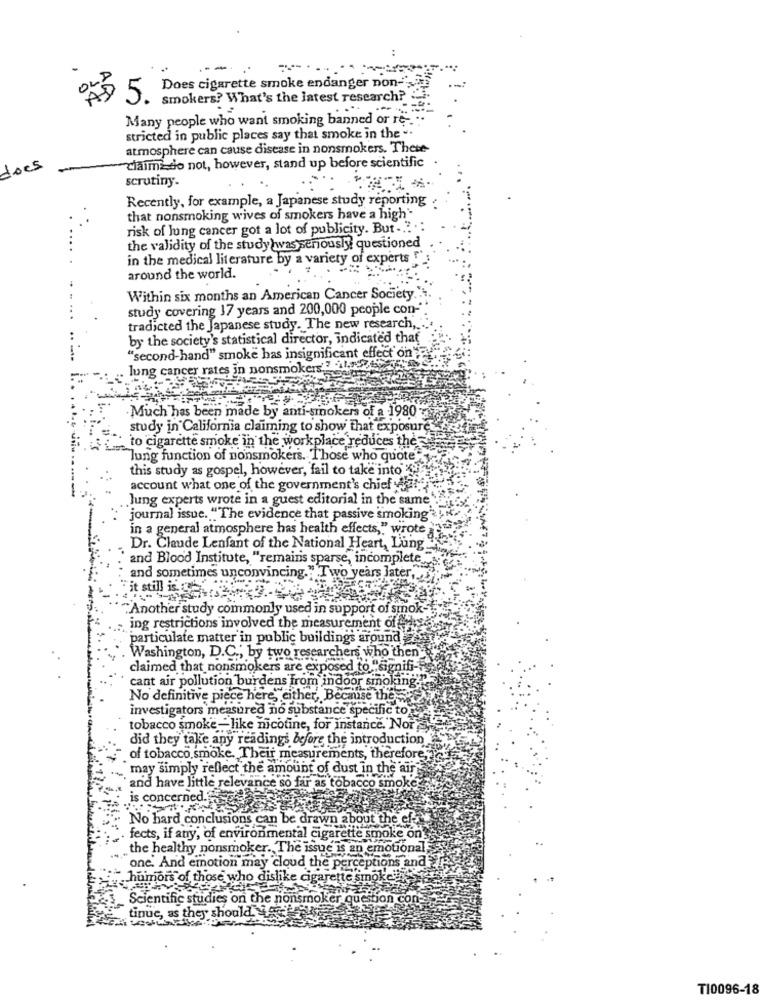
- --
Does cigarette smoke endanger non-
5. smokers? What's the latest research?
Many people who want smoking banned or re -.
stricted in public places say that smoke in the ..
atmosphere can cause disease in nonsmokers. These-
"claimi do not, however, stand up before scientific
does
scrutiny.
Recently, for example, a Japanese study reporting
that nonsmoking wives of smokers have a high -
risk of lung cancer got a lot of publicity. But ...
the validity of the study was seriously? questioned
in the medical literature by a variety of experts!
around the world.
Within six months an American Cancer Society.
study covering 17 years and 200,000 people con-
tradicted the Japanese study. The new research ,..
by the society's statistical director, indicated that
"second-hand" smoke has insignificant effect on"
lung cancer rates in nonsmokers .? 1, 74
Much has been made by anti-smokers of a 1980
study in California claiming to show that exposure
to cigarette smoke in the workplace reduces the
lung function of nonsmokers. Those who quote
this study as gospel, however, fail to take into
account what one of the government's chief date
lung experts wrote in a guest editorial in the same
journal issue. "The evidence that passive smoking"
in a general atmosphere has health effects," wrote
Dr. Claude Lenfant of the National Heart, Lung.
and Blood Institute, "remains sparse, incomplete "
and sometimes unconvincing." Two years later,
it still is chi
"Another study commonly used in support of smok-
ing restrictions involved the measurement of fee
particulate matter in public buildings around
Washington, D.C .; by two researchers who then
claimed that nonsmokers are exposed to "signifi-
cant air pollution burdens from indoor smoking
No definitive piece here, either, Because they
investigators measured no substance specific to
tobacco smoke- like nicotine, for instance. Nor
did they take any readings before the introduction
of tobacco smoke. Their measurements, therefore,"
may simply reflect the amount of dust in the air
'and have little relevance so far as tobacco smoke
is concerned.
No hard conclusions can be drawn about the ef-
. fects, if any, of environmental cigarette smoke on!
the healthy nonsmoker. The issue is an emotional
one. And emotion may cloud the perceptions and
humors of those who dislike cigarette smokein
Scientific studies on the nonsmoker question con-
tinue, as they should.de
TI0096-18